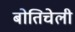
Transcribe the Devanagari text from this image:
बोतिचेली